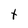
Character: t